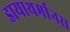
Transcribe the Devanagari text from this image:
डायाथर्मानस